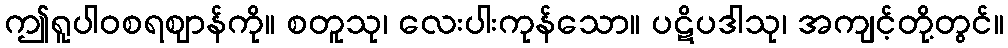
ဤရူပါဝစရဈာန်ကို။ စတူသု၊ လေးပါးကုန်သော။ ပဋိပဒါသု၊ အကျင့်တို့တွင်။